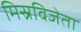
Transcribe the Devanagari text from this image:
मिस्रविजेता